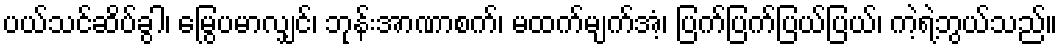
ပယ်သင်ဆိပ်ခွါ၊ မြွေပမာလျှင်၊ ဘုန်းအာဏာစက်၊ မထက်မျက်အံ့၊ ပြက်ပြက်ပြယ်ပြယ်၊ ကဲ့ရဲ့ဘွယ်သည်။